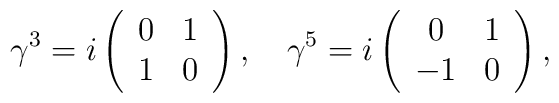
\gamma^3= i\left(\begin{array}{cc} 0& 1 \\ 1& 0\end{array}\right),\quad\gamma^5= i\left(\begin{array}{cc} 0&1\\-1&0\end{array}\right),